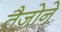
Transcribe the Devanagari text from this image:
तैजोने